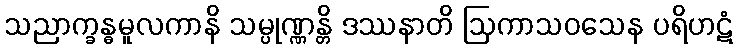
သညာက္ခန္ဓမူလကာနိ သမ္ပုဏ္ဏန္တိ ဒဿနာတိ ဩကာသဝသေန ပရိဟဋံ